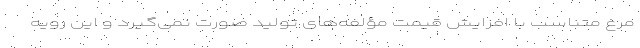
مرغ متناسب با افزایش قیمت مؤلفه‌های تولید صورت نمی‌گیرد و این رویه